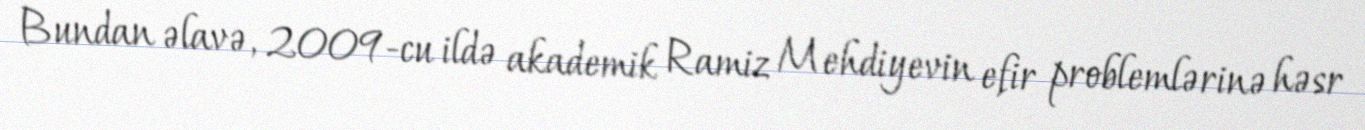
Bundan əlavə, 2009-cu ildə akademik Ramiz Mehdiyevin efir problemlərinə həsr